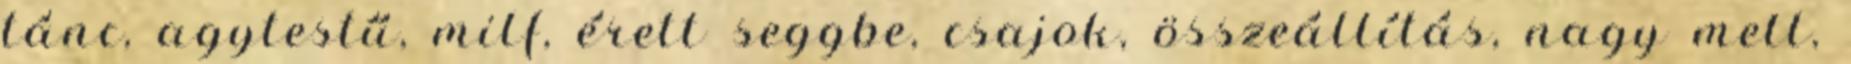
tánc, agytestű, milf, érett seggbe, csajok, összeállítás, nagy mell,